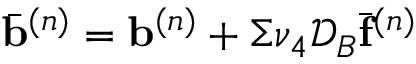
\bar { \mathbf { b } } ^ { ( n ) } = \mathbf { b } ^ { ( n ) } + \Sigma \nu _ { 4 } \mathcal { D } _ { B } \bar { \mathbf { f } } ^ { ( n ) }